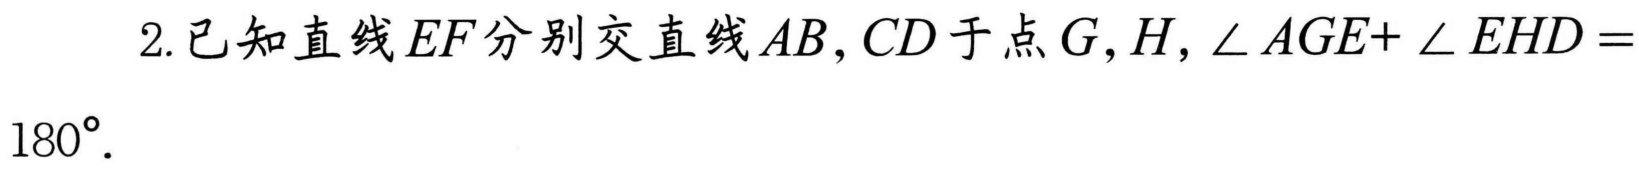
2.已知直线\(EF\)分别交直线\(AB,CD\)于点\(G,H,\angle AGE + \angle EHD = 180^{\circ}\).